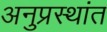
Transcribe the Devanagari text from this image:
अनुप्रस्थांत